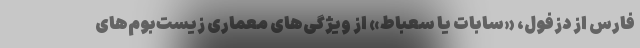
فارس از دزفول، «سابات یا سعباط» از ویژگی‌های معماری زیست‌بوم‌های